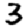
Digit: 3